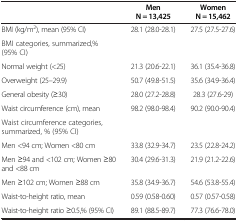
<table><thead><tr><td><b> </b></td><td><b>Men N = 13,425</b></td><td><b>Women N = 15,462</b></td></tr></thead><tbody><tr><td>BMI (kg/m<sup>2</sup>), mean (95% CI)</td><td>28.1 (28.0-28.1)</td><td>27.5 (27.5-27.6)</td></tr><tr><td>BMI categories, summarized,% (95% CI)</td><td> </td><td> </td></tr><tr><td>Normal weight (&lt;25)</td><td>21.3 (20.6-22.1)</td><td>36.1 (35.4-36.8)</td></tr><tr><td>Overweight (25–29.9)</td><td>50.7 (49.8-51.5)</td><td>35.6 (34.9-36.4)</td></tr><tr><td>General obesity (≥30)</td><td>28.0 (27.2-28.8)</td><td>28.3 (27.6-29)</td></tr><tr><td>Waist circumference (cm), mean</td><td>98.2 (98.0-98.4)</td><td>90.2 (90.0-90.4)</td></tr><tr><td>Waist circumference categories, summarized, % (95% CI)</td><td> </td><td> </td></tr><tr><td>Men &lt;94 cm; Women &lt;80 cm</td><td>33.8 (32.9-34.7)</td><td>23.5 (22.8-24.2)</td></tr><tr><td>Men ≥94 and &lt;102 cm; Women ≥80 and &lt;88 cm</td><td>30.4 (29.6-31.3)</td><td>21.9 (21.2-22.6)</td></tr><tr><td>Men ≥102 cm; Women ≥88 cm</td><td>35.8 (34.9-36.7)</td><td>54.6 (53.8-55.4)</td></tr><tr><td>Waist-to-height ratio, mean</td><td>0.59 (0.58-0.60)</td><td>0.57 (0.57-0.58)</td></tr><tr><td>Waist-to-height ratio ≥0.5,% (95% CI)</td><td>89.1 (88.5-89.7)</td><td>77.3 (76.6-78.0)</td></tr></tbody></table>